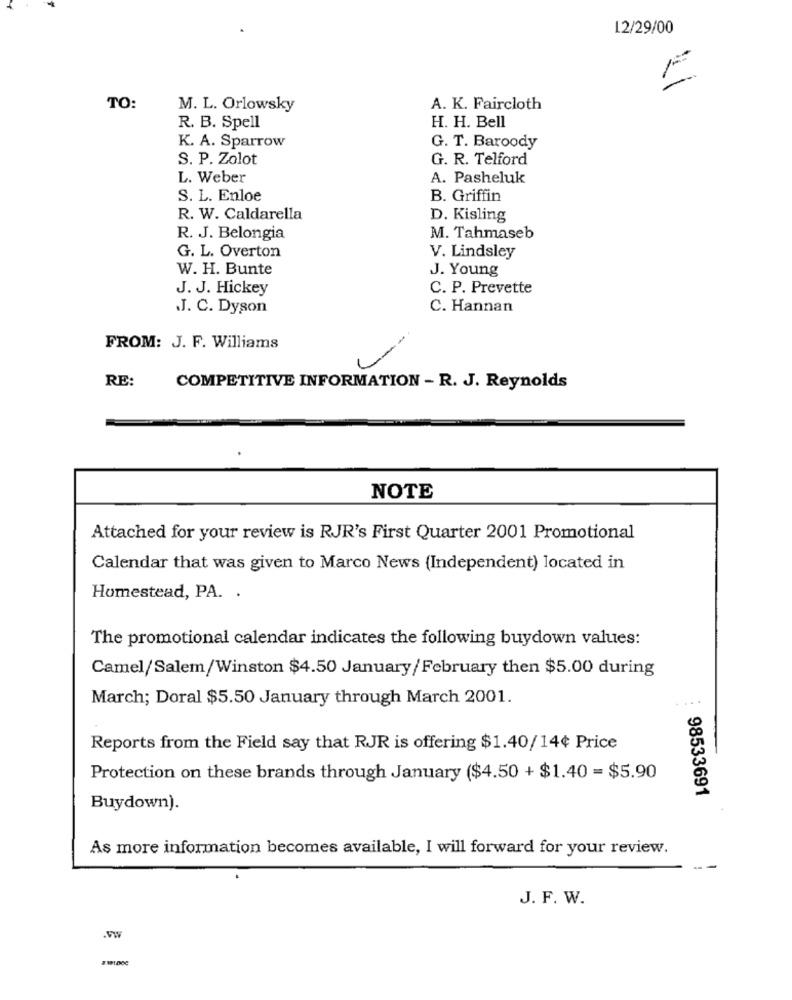
12/29/00
E
TO:
M. L. Orlowsky
A. K. Faircloth
R. B. Spell
H. H. Bell
K. A. Sparrow
G. T. Baroody
S. P. Zolot
G. R. Telford
L. Weber
A. Pasheluk
S. L. Enloe
B. Griffin
R. W. Caldarella
D. Kisling
R. J. Belongia
M. Tahmaseb
G. L. Overton
V. Lindsley
W. H. Bunte
J. Young
J. J. Hickey
C. P. Prevette
.J. C. Dyson
C. Hannan
FROM: J. F. Williams
L
RE:
COMPETITIVE INFORMATION - R. J. Reynolds
NOTE
Attached for your review is RJR's First Quarter 2001 Promotional
Calendar that was given to Marco News (Independent) located in
Homestead, PA. .
The promotional calendar indicates the following buydown values:
Camel/Salem/Winston $4.50 January/February then $5.00 during
March; Doral $5.50 January through March 2001.
Reports from the Field say that RJR is offering $1.40/14¢ Price
Protection on these brands through January ($4.50 + $1.40 = $5.90
98533691
Buydown).
As more information becomes available, I will forward for your review.
J. F. W.
.WW